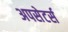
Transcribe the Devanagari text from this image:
अपसेटर्स